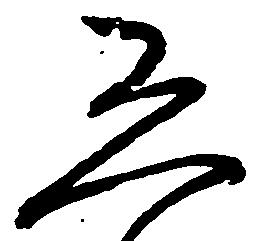
恐